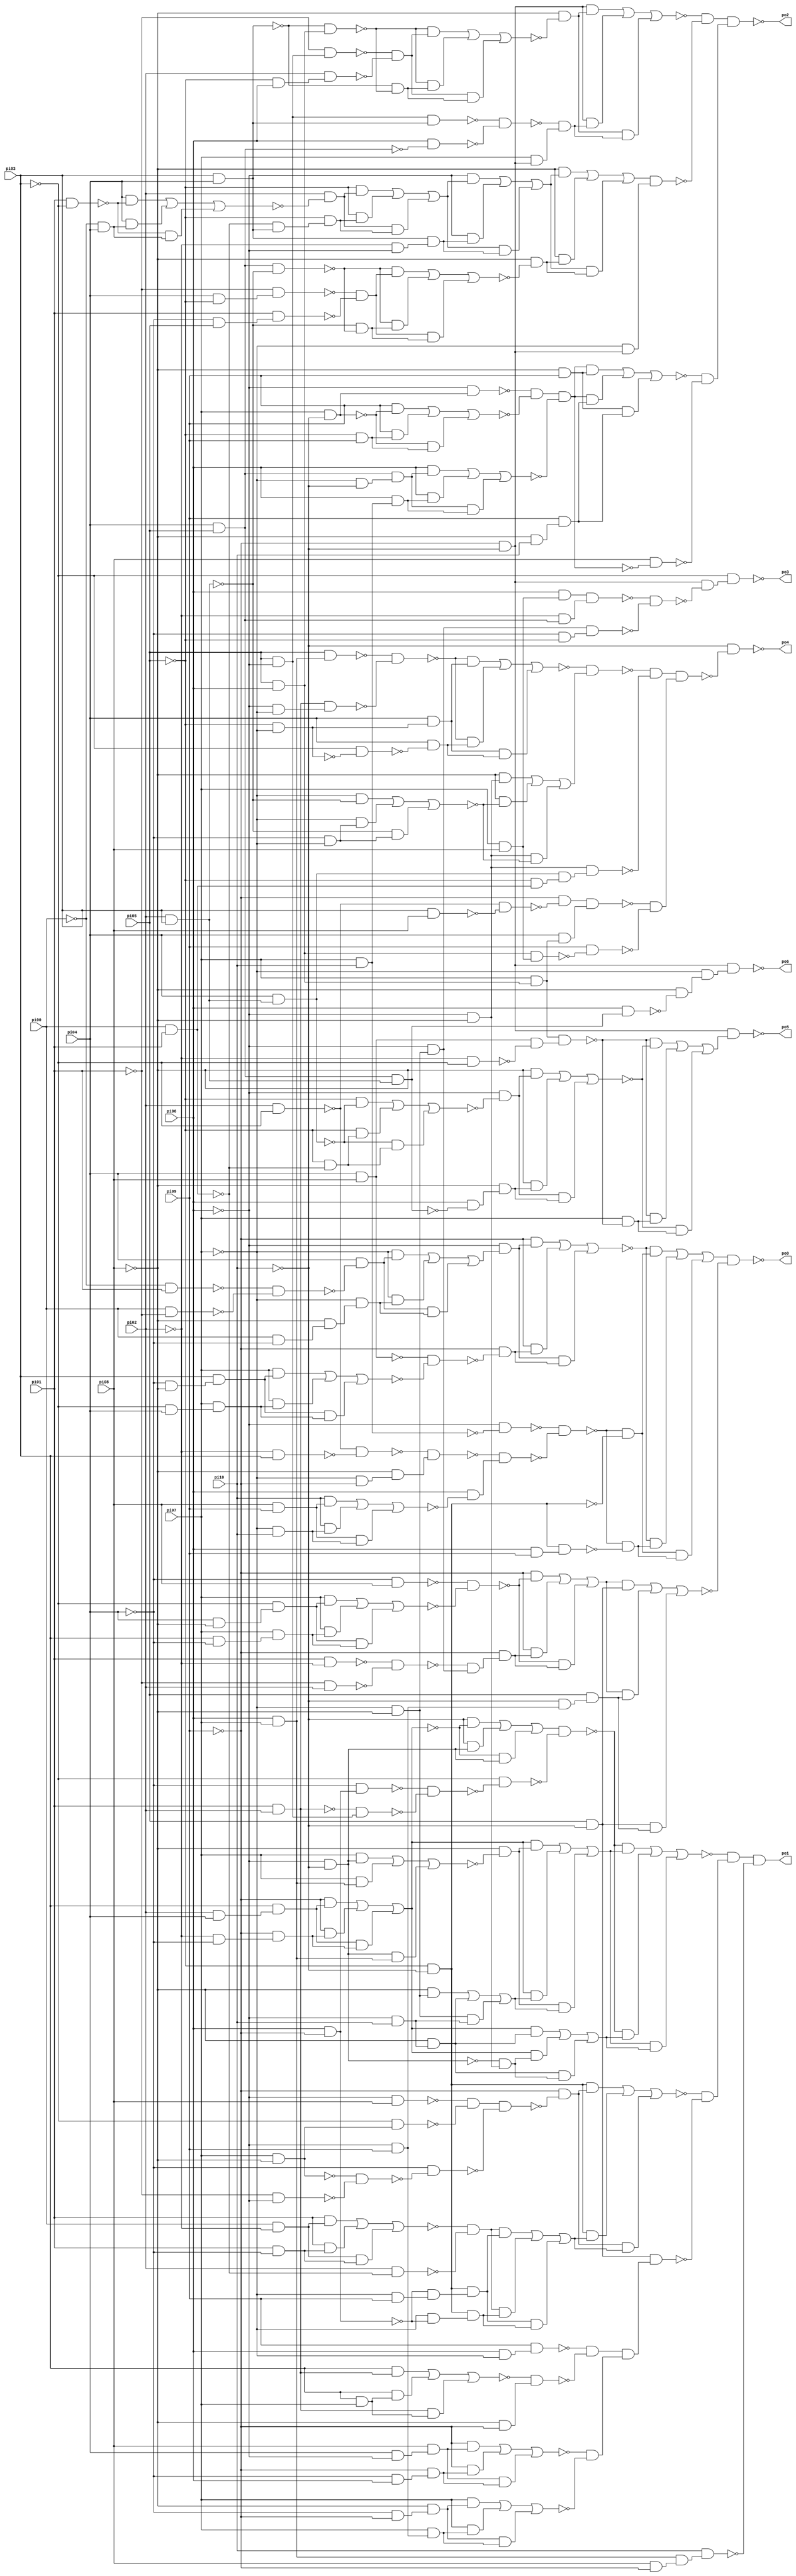
module int2float_best_speed (
        pi00, pi01, pi02, pi03, pi04, pi05, pi06, pi07, pi08, pi09, pi10, 
        po0, po1, po2, po3, po4, po5, po6);
input pi00, pi01, pi02, pi03, pi04, pi05, pi06, pi07, pi08, pi09, pi10;
output po0, po1, po2, po3, po4, po5, po6;
wire one, w0, w1, w2, w3, w4, w5, w6, w7, w8, w9, w10, w11, w12, w13, w14, w15, w16, w17, w18, w19, w20, w21, w22, w23, w24, w25, w26, w27, w28, w29, w30, w31, w32, w33, w34, w35, w36, w37, w38, w39, w40, w41, w42, w43, w44, w45, w46, w47, w48, w49, w50, w51, w52, w53, w54, w55, w56, w57, w58, w59, w60, w61, w62, w63, w64, w65, w66, w67, w68, w69, w70, w71, w72, w73, w74, w75, w76, w77, w78, w79, w80, w81, w82, w83, w84, w85, w86, w87, w88, w89, w90, w91, w92, w93, w94, w95, w96, w97, w98, w99, w100, w101, w102, w103, w104, w105, w106, w107, w108, w109, w110, w111, w112, w113, w114, w115, w116, w117, w118, w119, w120, w121, w122, w123, w124, w125, w126, w127, w128, w129, w130, w131, w132, w133, w134, w135, w136, w137, w138, w139, w140, w141, w142, w143, w144, w145, w146, w147, w148, w149, w150, w151, w152, w153, w154, w155, w156, w157, w158, w159, w160, w161, w162, w163, w164, w165, w166, w167, w168, w169, w170, w171, w172, w173, w174, w175, w176, w177, w178, w179, w180, w181, w182, w183, w184, w185, w186, w187, w188, w189, w190, w191, w192, w193, w194, w195, w196, w197, w198, w199, w200, w201, w202, w203, w204, w205, w206, w207, w208, w209, w210, w211, w212, w213, w214, w215, w216, w217, w218, w219, w220, w221, w222, w223, w224, w225, w226, w227, w228, w229, w230, w231, w232, w233, w234, w235, w236, w237, w238, w239, w240, w241, w242, w243, w244, w245;
assign w0 = ~pi00 & pi01;
assign w1 = pi00 & ~pi01;
assign w2 = ~w0 & ~w1;
assign w3 = pi04 & ~w2;
assign w4 = pi00 & ~pi04;
assign w5 = ~pi08 & w4;
assign w6 = ~pi07 & w5;
assign w7 = (~pi07 & w3) | (~pi07 & w6) | (w3 & w6);
assign w8 = ~pi06 & w7;
assign w9 = pi04 & pi08;
assign w10 = ~pi04 & ~pi08;
assign w11 = pi03 & w10;
assign w12 = ~pi03 & pi04;
assign w13 = pi07 & w12;
assign w14 = (pi07 & w11) | (pi07 & w13) | (w11 & w13);
assign w15 = ~w9 & ~w14;
assign w16 = ~pi09 & ~w15;
assign w17 = (~pi09 & w8) | (~pi09 & w16) | (w8 & w16);
assign w18 = pi07 & pi10;
assign w19 = ~pi06 & ~w18;
assign w20 = pi02 & ~pi03;
assign w21 = ~pi02 & pi03;
assign w22 = ~w20 & ~w21;
assign w23 = ~pi07 & ~pi09;
assign w24 = ~pi08 & w23;
assign w25 = ~w22 & w24;
assign w26 = pi08 & pi09;
assign w27 = ~pi07 & pi10;
assign w28 = (pi10 & w26) | (pi10 & w27) | (w26 & w27);
assign w29 = pi06 & ~w28;
assign w30 = ~w25 & w29;
assign w31 = ~w19 & ~w30;
assign w32 = ~pi05 & ~pi10;
assign w33 = ~w31 & ~w32;
assign w34 = pi06 & pi09;
assign w35 = w32 & w34;
assign w36 = ~w31 & ~w35;
assign w37 = (~w17 & w33) | (~w17 & w36) | (w33 & w36);
assign w38 = ~pi04 & pi08;
assign w39 = pi04 & ~pi08;
assign w40 = ~pi03 & w39;
assign w41 = pi03 & ~pi04;
assign w42 = pi07 & w41;
assign w43 = (pi07 & w40) | (pi07 & w42) | (w40 & w42);
assign w44 = ~w38 & ~w43;
assign w45 = pi01 & ~pi02;
assign w46 = ~pi01 & pi02;
assign w47 = ~w45 & ~w46;
assign w48 = ~pi07 & ~pi08;
assign w49 = ~pi06 & w48;
assign w50 = ~w47 & w49;
assign w51 = ~pi09 & w50;
assign w52 = (~pi09 & ~w44) | (~pi09 & w51) | (~w44 & w51);
assign w53 = pi05 & ~pi10;
assign w54 = ~pi06 & pi09;
assign w55 = ~pi10 & w54;
assign w56 = pi05 & w55;
assign w57 = (w52 & w53) | (w52 & w56) | (w53 & w56);
assign w58 = w37 & ~w57;
assign w59 = pi02 & pi04;
assign w60 = pi03 & w59;
assign w61 = ~pi02 & ~pi04;
assign w62 = ~pi09 & w61;
assign w63 = (~pi09 & w60) | (~pi09 & w62) | (w60 & w62);
assign w64 = ~pi06 & ~pi10;
assign w65 = (~pi10 & ~w63) | (~pi10 & w64) | (~w63 & w64);
assign w66 = pi06 & ~pi09;
assign w67 = ~pi04 & w66;
assign w68 = pi01 & pi02;
assign w69 = pi05 & ~pi06;
assign w70 = ~w68 & w69;
assign w71 = ~w67 & ~w70;
assign w72 = ~pi03 & ~w71;
assign w73 = w65 & ~w72;
assign w74 = pi06 & pi07;
assign w75 = (pi07 & w64) | (pi07 & w74) | (w64 & w74);
assign w76 = ~pi08 & ~w75;
assign w77 = ~pi06 & pi10;
assign w78 = (~pi08 & w48) | (~pi08 & w77) | (w48 & w77);
assign w79 = (w63 & w76) | (w63 & w78) | (w76 & w78);
assign w80 = ~pi08 & w77;
assign w81 = ~pi06 & ~pi08;
assign w82 = ~w64 & w81;
assign w83 = (w63 & w80) | (w63 & w82) | (w80 & w82);
assign w84 = (~w73 & w79) | (~w73 & w83) | (w79 & w83);
assign w85 = ~pi06 & pi08;
assign w86 = pi07 & ~pi08;
assign w87 = ~pi03 & w86;
assign w88 = ~w85 & ~w87;
assign w89 = ~pi01 & ~pi06;
assign w90 = ~w86 & ~w89;
assign w91 = ~pi04 & ~w90;
assign w92 = w88 & ~w91;
assign w93 = ~pi09 & ~w92;
assign w94 = pi00 & ~pi02;
assign w95 = pi01 & ~pi04;
assign w96 = (pi01 & w94) | (pi01 & w95) | (w94 & w95);
assign w97 = pi00 & pi01;
assign w98 = pi02 & ~w97;
assign w99 = ~w96 & ~w98;
assign w100 = ~pi07 & pi09;
assign w101 = ~w66 & w100;
assign w102 = w32 & w101;
assign w103 = ~pi07 & ~w66;
assign w104 = w32 & w103;
assign w105 = (w99 & w102) | (w99 & w104) | (w102 & w104);
assign w106 = (w32 & w93) | (w32 & w105) | (w93 & w105);
assign w107 = pi06 & ~pi07;
assign w108 = pi09 & w107;
assign w109 = pi03 & pi07;
assign w110 = (pi03 & w68) | (pi03 & w109) | (w68 & w109);
assign w111 = ~pi08 & ~pi09;
assign w112 = ~w110 & w111;
assign w113 = ~w108 & ~w112;
assign w114 = pi04 & ~pi06;
assign w115 = pi08 & w114;
assign w116 = ~pi04 & pi06;
assign w117 = ~pi09 & w116;
assign w118 = (~pi09 & w115) | (~pi09 & w117) | (w115 & w117);
assign w119 = ~pi04 & ~pi09;
assign w120 = ~pi08 & w119;
assign w121 = pi07 & w54;
assign w122 = (pi07 & w120) | (pi07 & w121) | (w120 & w121);
assign w123 = ~w118 & ~w122;
assign w124 = w113 & w123;
assign w125 = w53 & w124;
assign w126 = ~w106 & ~w125;
assign w127 = ~w84 & w126;
assign w128 = pi08 & ~pi09;
assign w129 = w74 & w128;
assign w130 = pi10 & w129;
assign w131 = w127 & ~w130;
assign w132 = ~pi09 & ~pi10;
assign w133 = pi03 & pi04;
assign w134 = pi05 & pi06;
assign w135 = ~w133 & w134;
assign w136 = ~pi01 & w69;
assign w137 = ~pi05 & pi06;
assign w138 = pi02 & w137;
assign w139 = ~w136 & ~w138;
assign w140 = ~w133 & ~w135;
assign w141 = (~w135 & w139) | (~w135 & w140) | (w139 & w140);
assign w142 = ~pi08 & ~w141;
assign w143 = w69 & w133;
assign w144 = pi04 & pi05;
assign w145 = pi06 & ~w144;
assign w146 = ~w143 & ~w145;
assign w147 = pi07 & w132;
assign w148 = ~w146 & w147;
assign w149 = (w132 & w142) | (w132 & w148) | (w142 & w148);
assign w150 = pi01 & ~pi03;
assign w151 = ~pi00 & pi04;
assign w152 = (pi04 & ~w150) | (pi04 & w151) | (~w150 & w151);
assign w153 = pi02 & ~w152;
assign w154 = ~w97 & w133;
assign w155 = ~pi05 & w154;
assign w156 = (~pi05 & w153) | (~pi05 & w155) | (w153 & w155);
assign w157 = ~pi02 & ~pi06;
assign w158 = w133 & w157;
assign w159 = (~pi06 & w156) | (~pi06 & w158) | (w156 & w158);
assign w160 = pi02 & pi03;
assign w161 = w144 & ~w160;
assign w162 = pi04 & ~pi05;
assign w163 = ~pi01 & w162;
assign w164 = ~pi04 & pi05;
assign w165 = pi01 & w164;
assign w166 = ~w163 & ~w165;
assign w167 = ~w160 & ~w161;
assign w168 = (~w161 & w166) | (~w161 & w167) | (w166 & w167);
assign w169 = ~pi08 & ~w168;
assign w170 = (~pi08 & w159) | (~pi08 & w169) | (w159 & w169);
assign w171 = ~pi07 & w132;
assign w172 = w170 & w171;
assign w173 = ~w149 & ~w172;
assign w174 = pi07 & ~pi10;
assign w175 = ~pi06 & w174;
assign w176 = ~pi05 & pi09;
assign w177 = (pi09 & ~w174) | (pi09 & w176) | (~w174 & w176);
assign w178 = ~w175 & ~w177;
assign w179 = ~pi07 & ~pi10;
assign w180 = w144 & w179;
assign w181 = pi06 & w18;
assign w182 = (pi06 & w180) | (pi06 & w181) | (w180 & w181);
assign w183 = w178 & ~w182;
assign w184 = ~pi08 & pi09;
assign w185 = ~pi08 & pi10;
assign w186 = pi09 & w185;
assign w187 = (w183 & w184) | (w183 & w186) | (w184 & w186);
assign w188 = pi08 & ~w183;
assign w189 = ~w187 & ~w188;
assign w190 = w173 & w189;
assign w191 = pi07 & pi08;
assign w192 = pi06 & w191;
assign w193 = ~pi02 & w144;
assign w194 = w192 & w193;
assign w195 = ~pi04 & ~pi05;
assign w196 = w49 & w195;
assign w197 = ~w194 & ~w196;
assign w198 = w132 & ~w197;
assign w199 = ~pi03 & w198;
assign w200 = pi05 & w74;
assign w201 = ~pi06 & ~pi07;
assign w202 = w68 & w201;
assign w203 = ~w200 & ~w202;
assign w204 = ~pi05 & ~pi07;
assign w205 = pi04 & w204;
assign w206 = ~pi03 & ~w204;
assign w207 = pi04 & ~w206;
assign w208 = (~w203 & w205) | (~w203 & w207) | (w205 & w207);
assign w209 = ~pi04 & ~pi07;
assign w210 = (~pi07 & ~w160) | (~pi07 & w209) | (~w160 & w209);
assign w211 = (~pi08 & w81) | (~pi08 & ~w210) | (w81 & ~w210);
assign w212 = ~w208 & w211;
assign w213 = pi04 & w160;
assign w214 = ~pi05 & w97;
assign w215 = w213 & w214;
assign w216 = w81 & w215;
assign w217 = ~w212 & ~w216;
assign w218 = pi03 & pi08;
assign w219 = ~w20 & ~w218;
assign w220 = ~pi09 & ~w219;
assign w221 = pi07 & w134;
assign w222 = pi04 & w221;
assign w223 = w220 & w222;
assign w224 = w134 & w191;
assign w225 = pi09 & ~w224;
assign w226 = ~w223 & ~w225;
assign w227 = w217 & w226;
assign w228 = ~pi10 & ~w227;
assign w229 = ~pi02 & ~pi03;
assign w230 = w9 & ~w229;
assign w231 = w221 & w230;
assign w232 = ~pi05 & ~w97;
assign w233 = (~pi05 & ~w213) | (~pi05 & w232) | (~w213 & w232);
assign w234 = ~pi06 & ~w233;
assign w235 = w144 & w160;
assign w236 = pi06 & ~w235;
assign w237 = ~pi08 & w236;
assign w238 = (~pi08 & w234) | (~pi08 & w237) | (w234 & w237);
assign w239 = pi07 & ~w231;
assign w240 = (~w231 & ~w238) | (~w231 & w239) | (~w238 & w239);
assign w241 = w132 & w240;
assign w242 = pi06 & w235;
assign w243 = ~pi08 & ~w242;
assign w244 = ~pi07 & w243;
assign w245 = w132 & w244;
assign one = 1;
assign po0 = ~w58;
assign po1 = w131;
assign po2 = ~w190;
assign po3 = ~w199;
assign po4 = ~w228;
assign po5 = ~w241;
assign po6 = ~w245;
endmodule